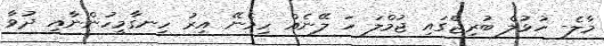
މާލެ- ހުޅުލެ ބުރިޖްގައި ޖުމްލަ ހަ ލޭނެއް ހިމެނޭ އިރު ހިނގާމީހުންނާއި ދުވާ